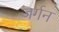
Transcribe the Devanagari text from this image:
जर्गन